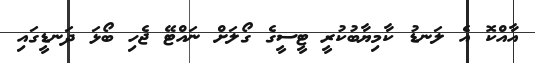
އާއްކޮ އެ ލަނޑު ކާމިޔާބުކުރީ ޓީސީގެ ގޯލަށް ނައްޓޭ ޖެހި ބޯޅަ ދަނޑީގައި